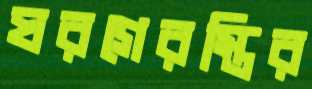
ঘরগেরস্তির